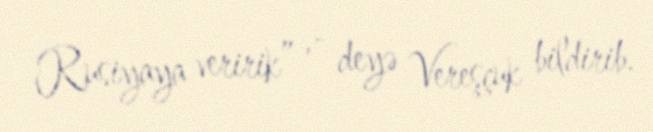
Rusiyaya veririk” ,- deyə Vereşçuk bildirib.